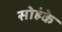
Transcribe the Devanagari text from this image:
सोहंके